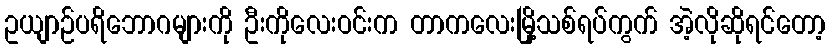
ဥယျာဉ်ပရိဘောဂများကို ဦးကိုလေးဝင်းက တာကလေးမြို့သစ်ရပ်ကွက် အဲ့လိုဆိုရင်တော့